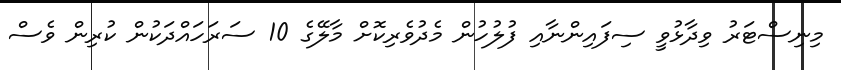
މިނިސްޓަރު ވިދާޅުވީ ސިފައިންނާއި ފުލުހުން މެދުވެރިކޮށް މާލޭގެ 10 ސަރަހައްދަކުން ކުރިން ވެސް